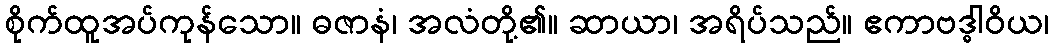
စိုက်ထူအပ်ကုန်သော။ ဓဇာနံ၊ အလံတို့၏။ ဆာယာ၊ အရိပ်သည်။ ဧကာဗဒ္ဓါဝိယ၊